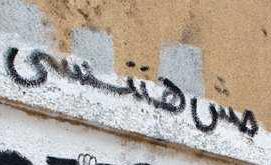
مس